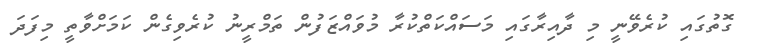
ގޮތުގައި ކުރެވޭނީ މި ދާއިރާގައި މަސައްކަތްކުރާ މުވައްޒަފުން ތަމްރީނު ކުރެވިގެން ކަމަށްވާތީ މިފަދަ